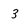
Character: 3